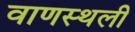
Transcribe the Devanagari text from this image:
वाणस्थली